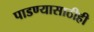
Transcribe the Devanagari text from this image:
पाडण्यासाठीही